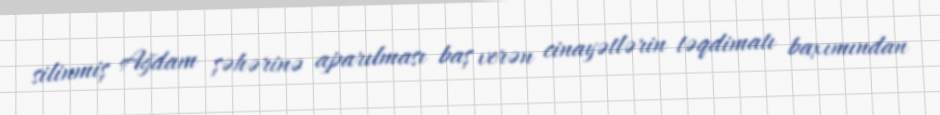
silinmiş Ağdam şəhərinə aparılması baş verən cinayətlərin təqdimatı baxımından